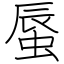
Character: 蜃